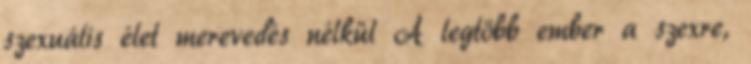
szexuális élet merevedés nélkül A legtöbb ember a szexre,